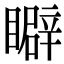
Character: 䁹